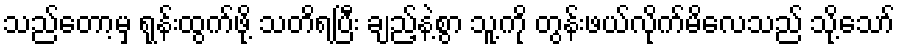
သည်တော့မှ ရုန်းထွက်ဖို့ သတိရပြီး ချည့်နဲ့စွာ သူ့ကို တွန်းဖယ်လိုက်မိလေသည် သို့သော်